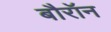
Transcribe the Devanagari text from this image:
बौरॉन